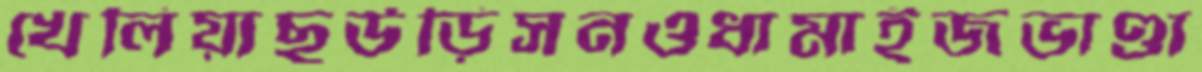
খেলিয়াছউড়িসনওধামাইজভাণ্ডা